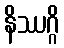
နိဿဂ္ဂိ